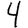
Digit: 4